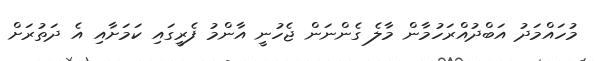
މުހައްމަދު އަބްދުއްރަހުމާން މާލެ ގެންނަން ޖެހުނީ އާންމު ފެރީގައި ކަމަށާއި އެ ދަތުރަށް